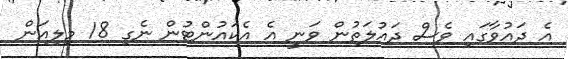
އެ ދައުވާގައި ވެސް ދައުލަތުން ވަނީ އެ އެކައުންޓުން ނެގި 18 މިލިއަން